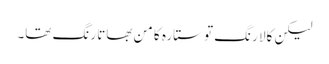
لیکن کالا رنگ تو ستارہ کا من بھاتا رنگ تھا۔